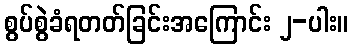
စွပ်စွဲခံရတတ်ခြင်းအကြောင်း ၂-ပါး။